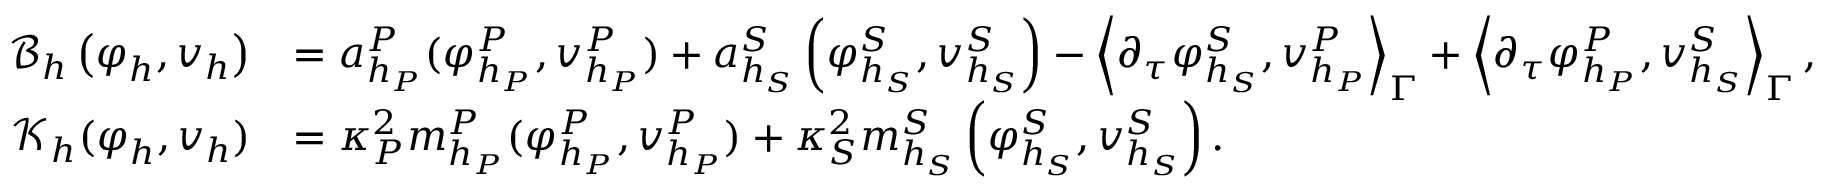
\begin{array} { r l } { \mathcal { B } _ { \boldsymbol { h } } \left( \boldsymbol { \varphi } _ { \boldsymbol { h } } , \boldsymbol { v } _ { \boldsymbol { h } } \right) } & { = a _ { h _ { P } } ^ { P } ( \varphi _ { h _ { P } } ^ { P } , v _ { h _ { P } } ^ { P } ) + a _ { h _ { S } } ^ { S } \left( \varphi _ { h _ { S } } ^ { S } , v _ { h _ { S } } ^ { S } \right) - \left\langle \partial _ { \boldsymbol { \tau } } \varphi _ { h _ { S } } ^ { S } , v _ { h _ { P } } ^ { P } \right\rangle _ { \Gamma } + \left\langle \partial _ { \boldsymbol { \tau } } \varphi _ { h _ { P } } ^ { P } , v _ { h _ { S } } ^ { S } \right\rangle _ { \Gamma } , } \\ { \mathcal { K } _ { \boldsymbol { h } } ( \boldsymbol { \varphi } _ { \boldsymbol { h } } , \boldsymbol { v } _ { \boldsymbol { h } } ) } & { = \kappa _ { P } ^ { 2 } m _ { h _ { P } } ^ { P } ( \varphi _ { h _ { P } } ^ { P } , v _ { h _ { P } } ^ { P } ) + \kappa _ { S } ^ { 2 } m _ { h _ { S } } ^ { S } \left( \varphi _ { h _ { S } } ^ { S } , v _ { h _ { S } } ^ { S } \right) . } \end{array}